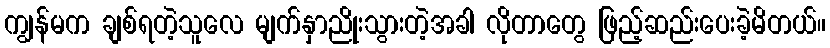
ကျွန်မက ချစ်ရတဲ့သူလေ မျက်နှာညိုးသွားတဲ့အခါ လိုတာတွေ ဖြည့်ဆည်းပေးခဲ့မိတယ်။